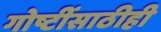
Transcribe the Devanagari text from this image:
गोष्टींसाठीही